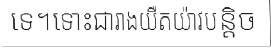
ទេ។ទោះជារាងយឺតយ៉ាវបន្តិច